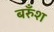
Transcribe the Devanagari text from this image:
बरुँश